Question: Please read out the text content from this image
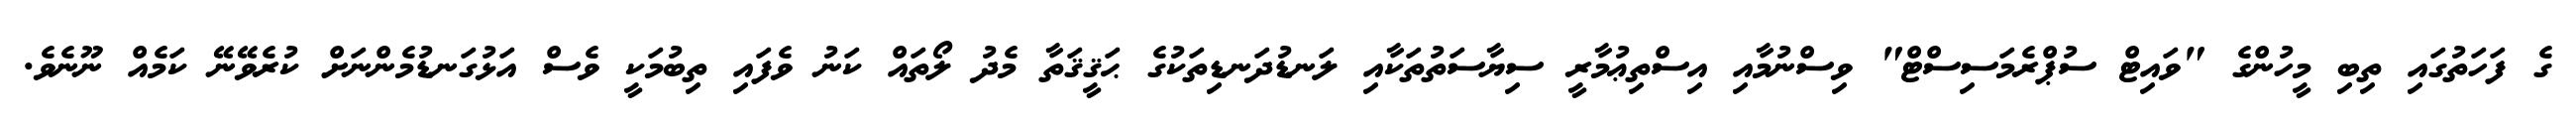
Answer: ގެ ފަހަތުގައި ތިބި މީހުންގެ "ވައިޓް ސުޕްރެމަސިސްޓް" ވިސްނުމާއި އިސްތިޢުމާރީ ސިޔާސަތުތަކާއި ލަނޑުދަނޑިތަކުގެ ޙަޤީޤަތާ މެދު ލޯތައް ކަނު ވެފައި ތިބުމަކީ ވެސް އަޅުގަނޑުމެންނަށް ކުރެވޭނޭ ކަމެއް ނޫނެވެ.